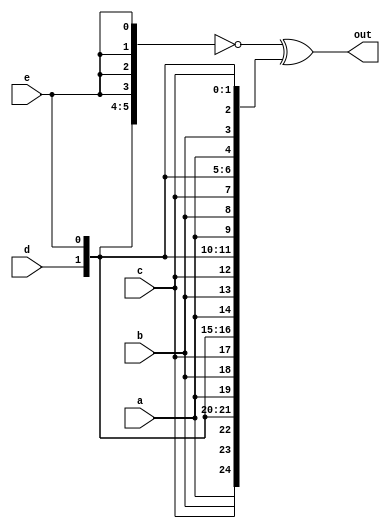
module top_module (
    input a, b, c, d, e,
    output [24:0] out );//
    assign out = ~{ {5{a}}, {5{b}}, {5{c}}, {5{d}}, {5{e}} } ^ { 5{a,b,c,d,e} };
    // The output is XNOR of two vectors created by 
    // concatenating and replicating the five inputs.
    // assign out = ~{ ... } ^ { ... };

endmodule

// office sol
/*
module top_module (
	input a, b, c, d, e,
	output [24:0] out
);

	wire [24:0] top, bottom;
	assign top    = { {5{a}}, {5{b}}, {5{c}}, {5{d}}, {5{e}} };
	assign bottom = {5{a,b,c,d,e}};
	assign out = ~top ^ bottom;	// Bitwise XNOR

	// This could be done on one line:
	// assign out = ~{ {5{a}}, {5{b}}, {5{c}}, {5{d}}, {5{e}} } ^ {5{a,b,c,d,e}};
	
endmodule
*/